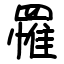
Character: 罹